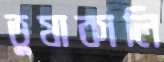
ভুষাকালি